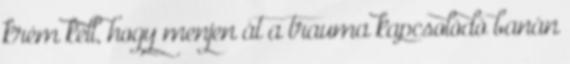
krém kell, hogy menjen át a trauma kapcsolódó banán